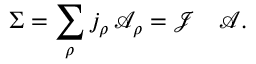
\Sigma = \sum _ { \rho } j _ { \rho } \, \mathcal { A } _ { \rho } = \mathcal { J } ^ { \mathrm { ~ \, ~ } } \, \mathcal { A } .